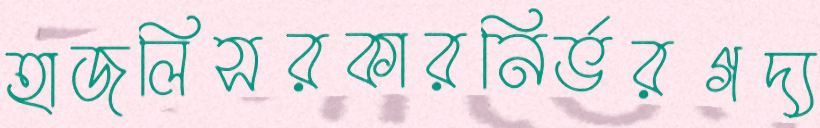
হাজলিসরকারনির্ভরগদ্য